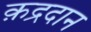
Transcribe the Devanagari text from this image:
क़द्रदान